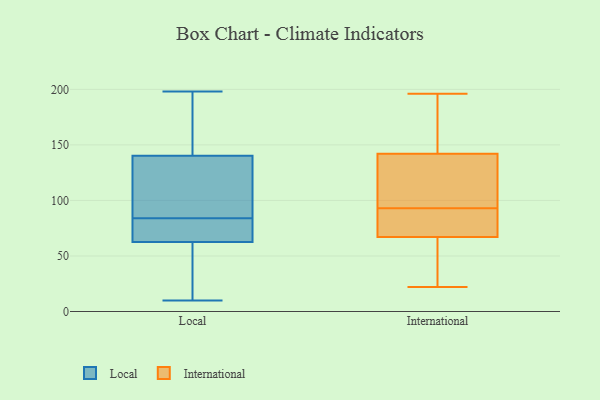
{"axis": {"x": "Budget (USD K)", "y": "Value"}, "legend": ["International", "Local"], "data": [{"x": "", "y": 69, "type": "Local"}, {"x": "", "y": 64, "type": "Local"}, {"x": "", "y": 62, "type": "Local"}, {"x": "", "y": 51, "type": "Local"}, {"x": "", "y": 77, "type": "Local"}, {"x": "", "y": 50, "type": "Local"}, {"x": "", "y": 92, "type": "Local"}, {"x": "", "y": 138, "type": "Local"}, {"x": "", "y": 191, "type": "Local"}, {"x": "", "y": 198, "type": "Local"}, {"x": "", "y": 84, "type": "Local"}, {"x": "", "y": 73, "type": "Local"}, {"x": "", "y": 141, "type": "Local"}, {"x": "", "y": 43, "type": "Local"}, {"x": "", "y": 128, "type": "Local"}, {"x": "", "y": 133, "type": "Local"}, {"x": "", "y": 10, "type": "Local"}, {"x": "", "y": 191, "type": "Local"}, {"x": "", "y": 153, "type": "Local"}, {"x": "", "y": 85, "type": "International"}, {"x": "", "y": 110, "type": "International"}, {"x": "", "y": 196, "type": "International"}, {"x": "", "y": 182, "type": "International"}, {"x": "", "y": 187, "type": "International"}, {"x": "", "y": 142, "type": "International"}, {"x": "", "y": 67, "type": "International"}, {"x": "", "y": 95, "type": "International"}, {"x": "", "y": 176, "type": "International"}, {"x": "", "y": 35, "type": "International"}, {"x": "", "y": 22, "type": "International"}, {"x": "", "y": 74, "type": "International"}, {"x": "", "y": 90, "type": "International"}, {"x": "", "y": 139, "type": "International"}, {"x": "", "y": 91, "type": "International"}, {"x": "", "y": 22, "type": "International"}, {"x": "", "y": 48, "type": "International"}, {"x": "", "y": 110, "type": "International"}]}